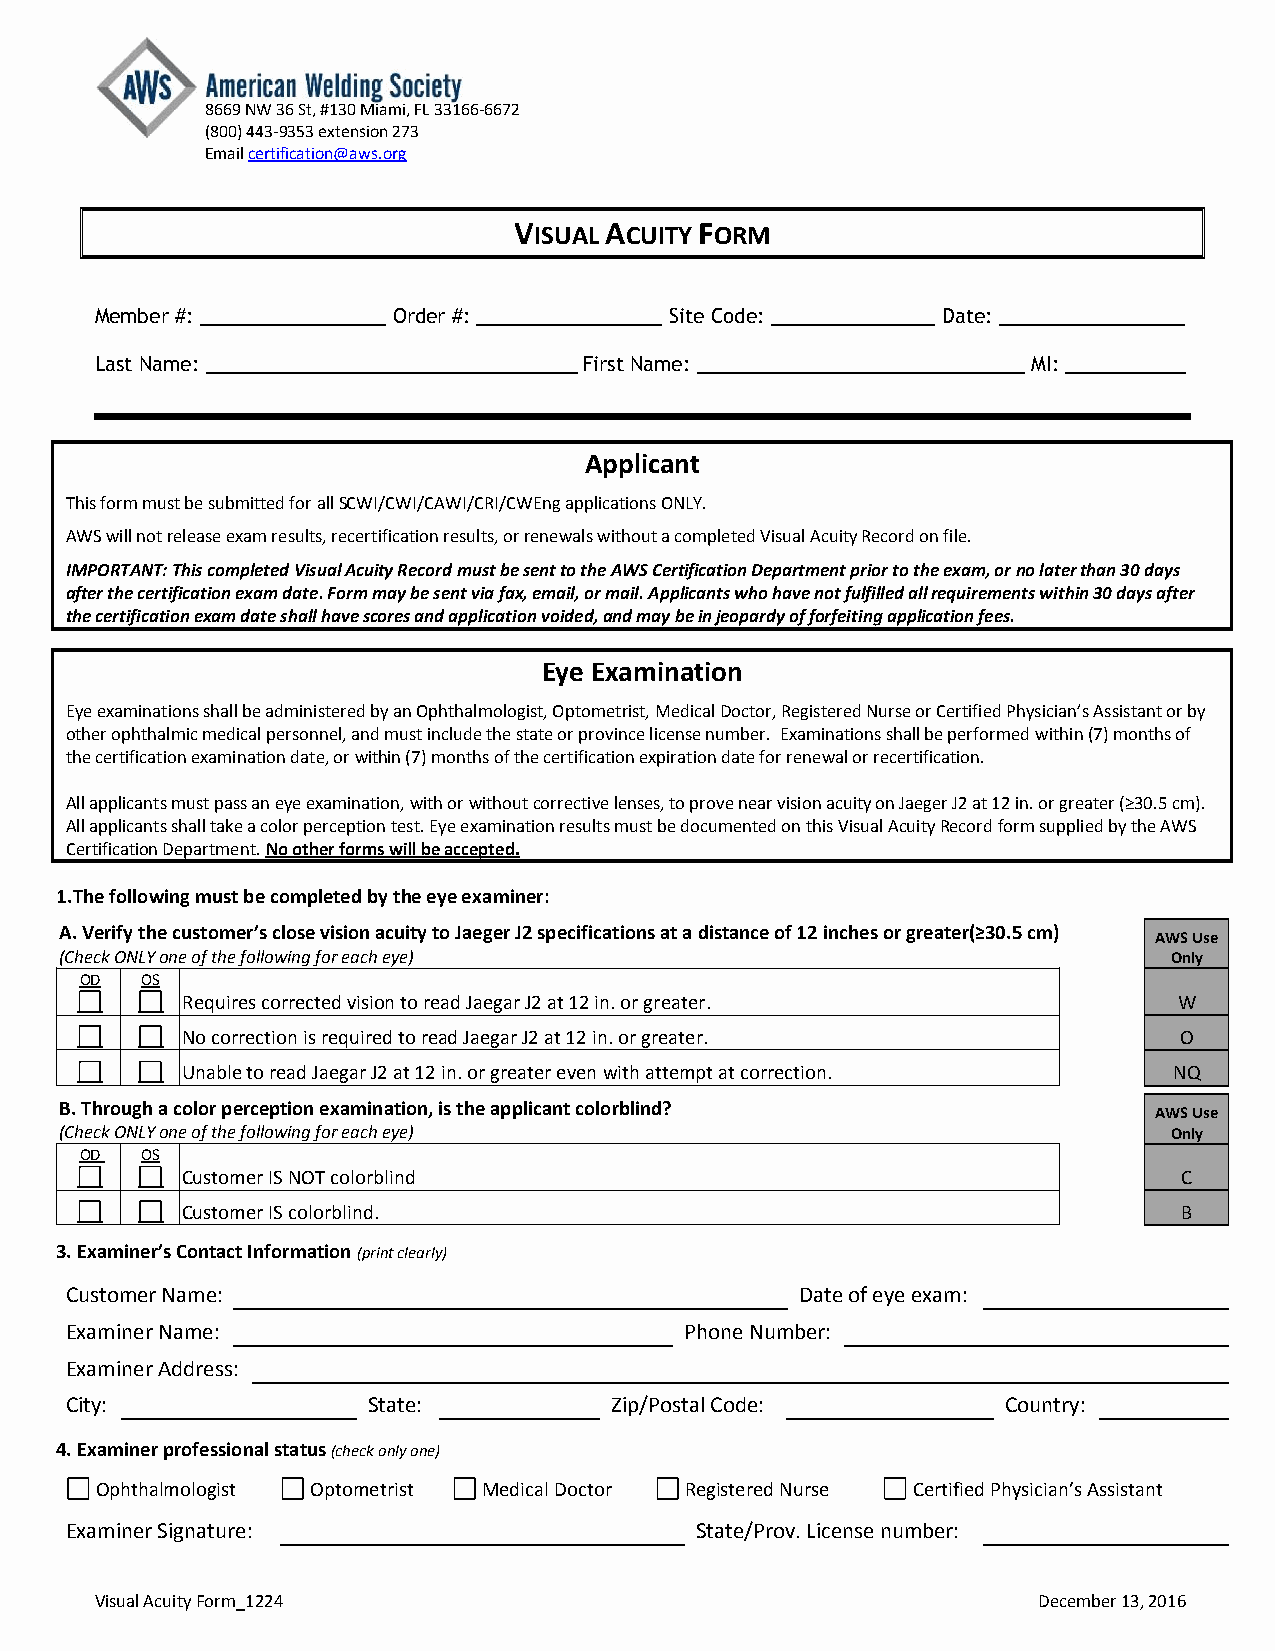
8669 NW 36 St, #130 Miami, FL 33166-6672
 (800) 443-9353 extension 273
 Email certification@aws.org
 VISUAL ACUITY FORM
 Member #: _________________ Order #: _________________ Site Code: _______________ Date: _________________
 Last Name: __________________________________ First Name: ______________________________ MI: ___________
 Applicant
 This form must be submitted for all SCWI/CWI/CAWI/CRI/CWEng applications ONLY.
 AWS will not release exam results, recertification results, or renewals without a completed Visual Acuity Record on file.
 IMPORTANT: This completed Visual Acuity Record must be sent to the AWS Certification Department prior to the exam, or no later than 30 days
 after the certification exam date. Form may be sent via fax, email, or mail. Applicants who have not fulfilled all requirements within 30 days after
 the certification exam date shall have scores and application voided, and may be in jeopardy of forfeiting application fees.
 Eye Examination
 Eye examinations shall be administered by an Ophthalmologist, Optometrist, Medical Doctor, Registered Nurse or Certified Physician’s Assistant or by
 other ophthalmic medical personnel, and must include the state or province license number. Examinations shall be performed within (7) months of
 the certification examination date, or within (7) months of the certification expiration date for renewal or recertification.
 All applicants must pass an eye examination, with or without corrective lenses, to prove near vision acuity on Jaeger J2 at 12 in. or greater (≥30.5 cm).
 All applicants shall take a color perception test. Eye examination results must be documented on this Visual Acuity Record form supplied by the AWS
 Certification Department. No other forms will be accepted.
 1. The following must be completed by the eye examiner:
 A. Verify the customer’s close vision acuity to Jaeger J2 specifications at a distance of 12 inches or greater(≥30.5 cm)
 AWS Use
 (Check ONLY one of the following for each eye)                            Only
 OD  OS
 Requires corrected vision to read Jaegar J2 at 12 in. or greater. W
 No correction is required to read Jaegar J2 at 12 in. or greater. O
 Unable to read Jaegar J2 at 12 in. or greater even with attempt at correction. NQ
 B. Through a color perception examination, is the applicant colorblind?
 AWS Use
 (Check ONLY one of the following for each eye)                            Only
 OD  OS
 Customer IS NOT colorblind                                        C
 Customer IS colorblind.                                           B
 3. Examiner’s Contact Information (print clearly)
 Customer Name:                                   Date of eye exam:
 Examiner Name:                           Phone Number:
 Examiner Address:
 City:               State:          Zip/Postal Code:           Country:
 4. Examiner professional status (check only one)
 Ophthalmologist Optometrist Medical Doctor Registered Nurse Certified Physician’s Assistant
 Examiner Signature:                       State/Prov. License number:
 Visual Acuity Form_1224                                        December 13, 2016